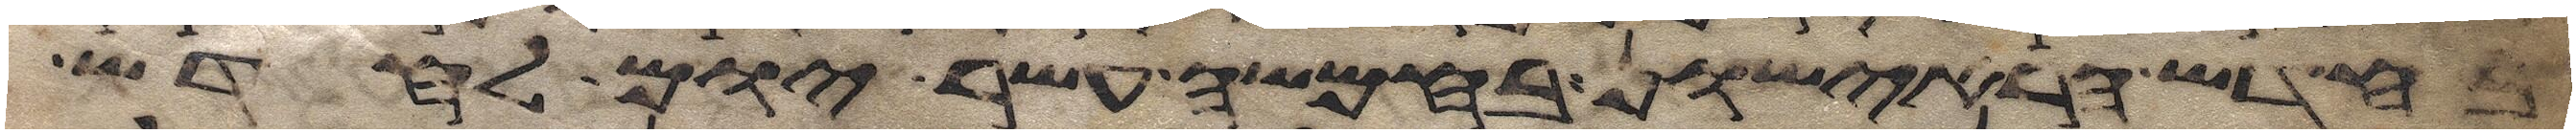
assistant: בחדש הראישון בחמשה עשר יום לחדש